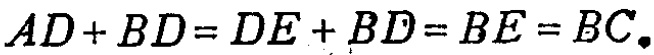
\(AD + BD = DE + BD = BE = BC.\)